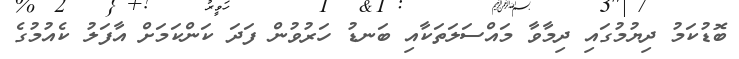
ބޮޑުކަމު ދިޔުމުގައި ދިމާވާ މައްސަލަތަކާއި ބަނޑު ހަރުވުން ފަދަ ކަންކަމަށް އާފަލު ކެއުމުގެ